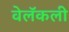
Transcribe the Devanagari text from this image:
वेलॅकली